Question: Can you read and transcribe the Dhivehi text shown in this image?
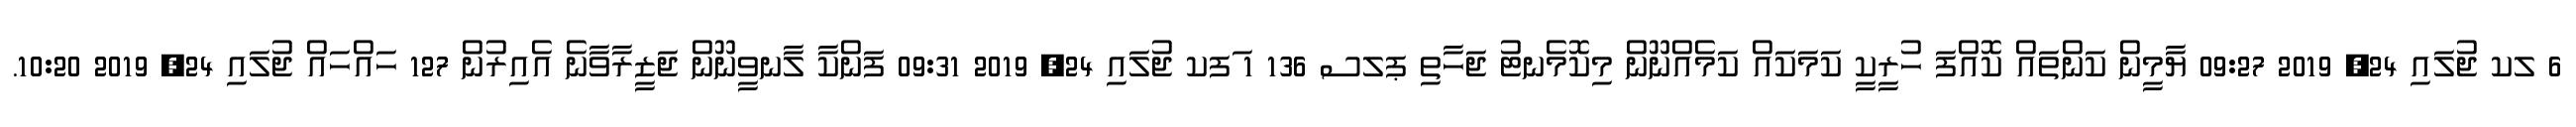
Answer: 6 ލކ ޖުލައި 24, 2019 09:27 ޔާމީން ކަންތައް ކޮއްފަ ހުރީކީ ކަމަކައް ކަމެއްނޫން މިކޮމެނޓު ޖަހާތި ޕލސ 136 1 ަފކ ޖުލައި 24, 2019 09:31 ފަންކާ ލާނވީނޫން ޖަޒީރާވާނެ އެއިރުން 127 ހައްހައް ޖުލައި 24, 2019 10:20.